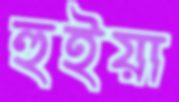
হুইয়া